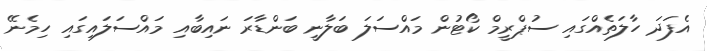
އެފަދަ ހާލަތެއްގައި ސުޕްރީމް ކޯޓުން މައްސަލަ ބަލާނީ ބަންޑާރަ ނައިބާއި މައްސަލައިގައި ހިމެނޭ